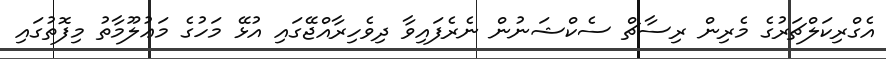
އެގްރިކަލްޗަރުގެ މެރިން ރިސާޗް ސެކްޝަނުން ނެރެފައިވާ ދިވެހިރާއްޖޭގައި އުޅޭ މަހުގެ މަޢުލޫމާތު މިފޮތުގައި